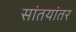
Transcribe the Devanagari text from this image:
सांतयांतर